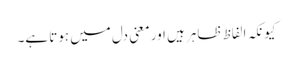
کیونکہ الفاظ ظاہر ہیں اور معنی دل میں ہوتا ہے۔